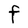
Character: F